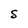
Character: S